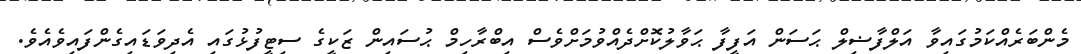
މެންބަރެއްކަމުގައިވާ އަލްފާޟިލް ޙަސަން އަފީފާ ޙަވާލުކޮށްދެއްވުމަށްވެސް އިބްރާހިމް ޙުސައިން ޒަކީގެ ސިޓީފުޅުގައި އެދިވަޑައިގެންފައިވެއެވެ.